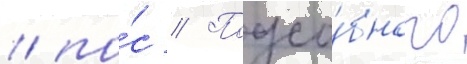
/ по́с // Подсо́бного